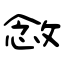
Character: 敜